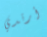
أرتدي